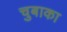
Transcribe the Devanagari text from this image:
चुबाका